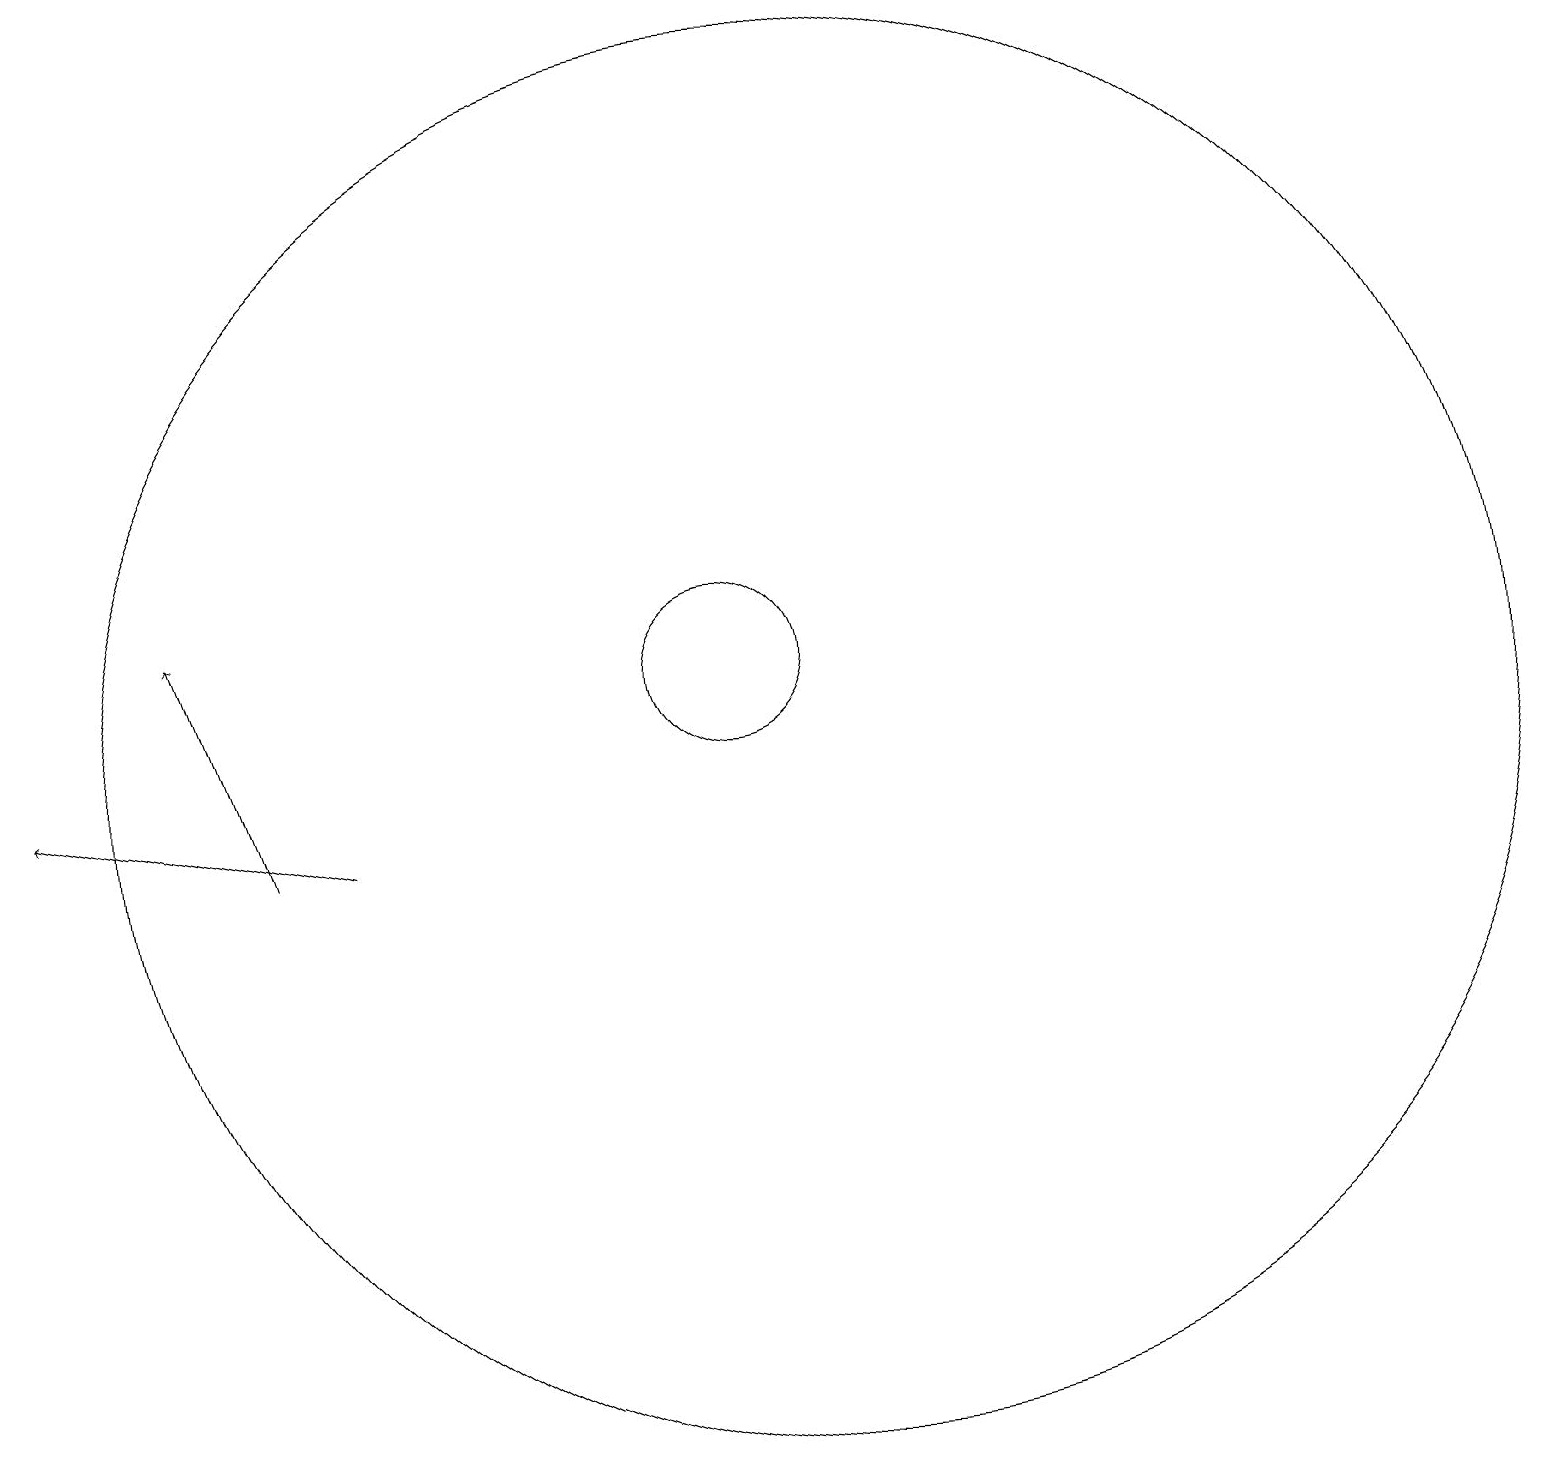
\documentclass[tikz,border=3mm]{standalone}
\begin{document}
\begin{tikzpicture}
\draw (12,11) circle (9);
\draw (11,12) circle (1);
\draw[->] (5,10) -- (4,13);
\draw (10,12) circle (0);
\draw[->] (6,10) -- (2,11);
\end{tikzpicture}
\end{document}